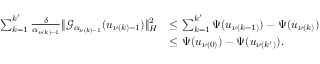
\begin{array} { r l } { \sum _ { k = 1 } ^ { k ^ { \prime } } \frac { \delta } { { \alpha } _ { \nu ( k ) - 1 } } \| { \mathcal { G } } _ { { \alpha } _ { \nu ( k ) - 1 } } ( u _ { \nu ( k ) - 1 } ) \| _ { H } ^ { 2 } } & { \leq \sum _ { k = 1 } ^ { k ^ { \prime } } { \Psi } ( u _ { \nu ( k - 1 ) } ) - { \Psi } ( u _ { \nu ( k ) } ) } \\ & { \leq { \Psi } ( u _ { \nu ( 0 ) } ) - { \Psi } ( u _ { \nu ( k ^ { \prime } ) } ) . } \end{array}